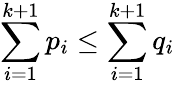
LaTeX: \sum_{i=1}^{k+1}p_{i}\leq\sum_{i=1}^{k+1}q_{i}